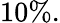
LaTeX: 10\% .